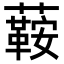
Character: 𧁟